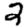
Digit: 2